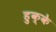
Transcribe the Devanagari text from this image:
हुक्‍के